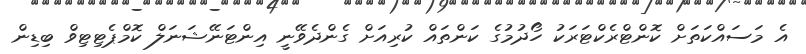
އެ މަސައްކަތަށް ކޮންޓްރެކްޓަރަކު ހޯދުމުގެ ކަންތައް ކުރިއަށް ގެންދެވޭނީ އިންޓަނޭޝަނަލް ކޮމްޕެޓިޓިވް ބިޑިން